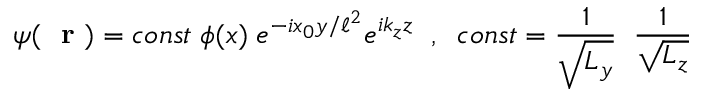
\psi ( \mathrm { ~ \bf ~ r ~ } ) = c o n s t \; \phi ( x ) \; e ^ { - i x _ { 0 } y / \ell ^ { 2 } } e ^ { i k _ { z } z } \; \; , \; \; c o n s t = \frac { 1 } { \sqrt { L _ { y } } } \; \; \frac { 1 } { \sqrt { L _ { z } } }